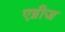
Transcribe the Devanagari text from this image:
एग्नीज